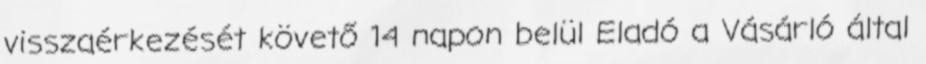
visszaérkezését követő 14 napon belül Eladó a Vásárló által